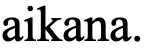
aikana.